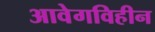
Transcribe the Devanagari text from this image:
आवेगविहीन